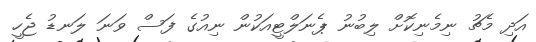
އަދި މެޗު ނިމެނިކޮށް ލިބުނު ޕެނަލްޓީއަކުން ނިއުގެ ފަސް ވަނަ ލަނޑު ޖެހީ